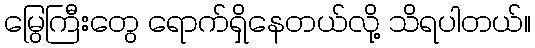
မြွေကြီးတွေ ရောက်ရှိနေတယ်လို့ သိရပါတယ်။